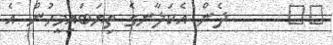
١٨      ދެން އެކަލާނގެ ތިޔަބައިމީހުން އެ